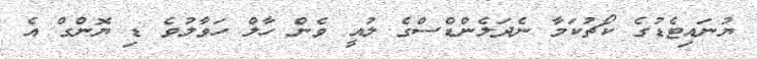
ޔުނައިޓެޑުގެ ކޯޗުކަމާ ނެދަލެންޑްސްގެ ލުއީ ވެން ހާލް ހަވާލުވެ ޑި ޔޮންގް އެ